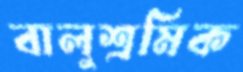
বালুশ্রমিক